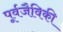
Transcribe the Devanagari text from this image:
पूर्वजैविकी